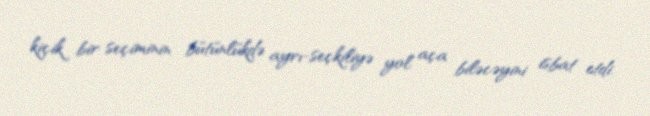
kiçik bir seçiminin bütünlükdə ayrı-seçkiliyə yol aça biləcəyini isbat etdi.